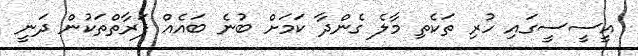
އީސީސީގައި ހުރި ތަކެތި މާލެ ގެންދާ ކަމަށް ބުނެ ބައެއް ފަރާތްތަކުން ދަނީ